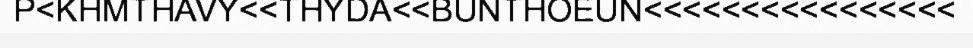
P<KHMTHAVY<<THYDA<<BUNTHOEUN<<<<<<<<<<<<<<<<